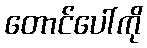
တောင်ပေါ်ကို